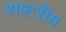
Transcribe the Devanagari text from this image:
राष्टरीय